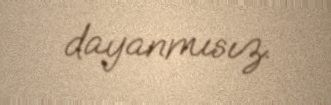
dayanmısız.